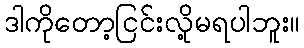
ဒါကိုတော့ငြင်းလို့မရပါဘူး။